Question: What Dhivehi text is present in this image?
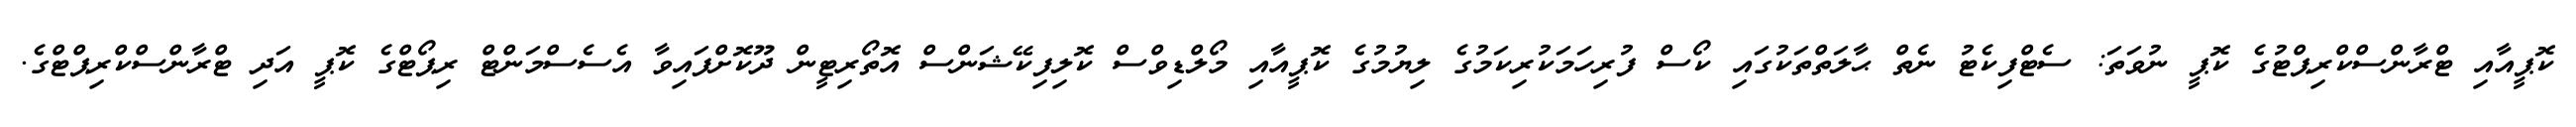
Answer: ކޮޕީއާއި ޓްރާންސްކްރިޕްޓުގެ ކޮޕީ ނުވަތަ: ސެޓްފިކެޓު ނެތް ޙާލަތްތަކުގައި ކޯސް ފުރިހަމަކުރިކަމުގެ ލިޔުމުގެ ކޮޕީއާއި މޯލްޑިވްސް ކޮލިފިކޭޝަންސް އޮތޯރިޓީން ދޫކޮށްފައިވާ އެސެސްމަންޓް ރިޕޯޓްގެ ކޮޕީ އަދި ޓްރާންސްކްރިޕްޓްގެ.